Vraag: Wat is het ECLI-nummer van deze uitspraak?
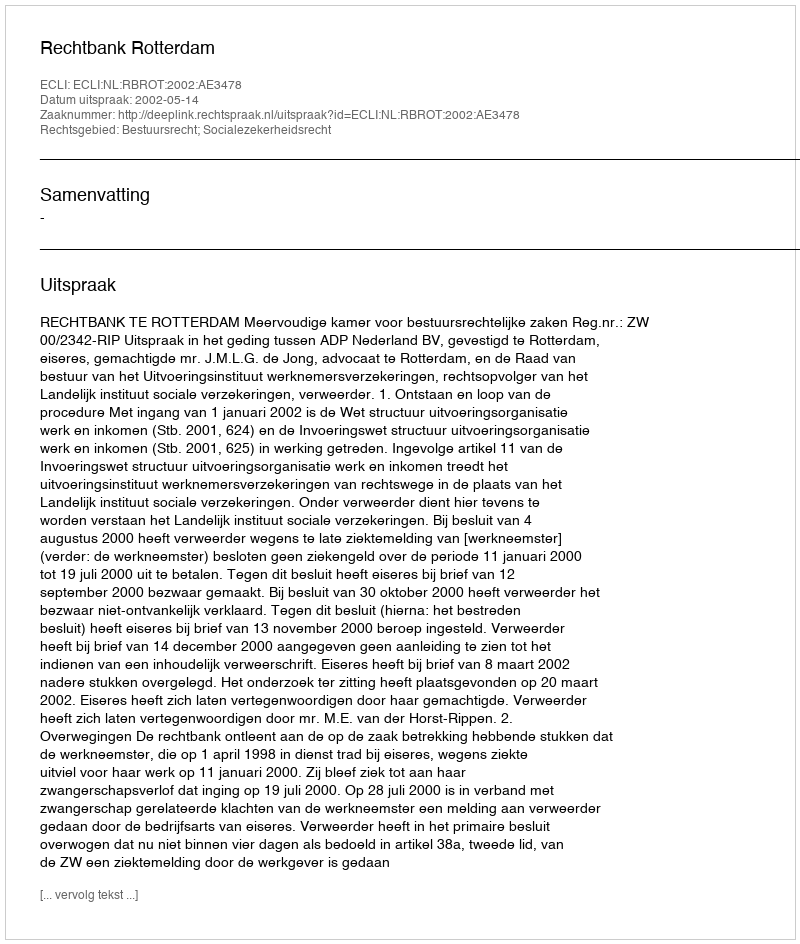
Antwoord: ECLI:NL:RBROT:2002:AE3478